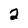
Character: 2